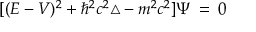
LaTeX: [ ( E - V ) ^ { 2 } + \hbar ^ { 2 } c ^ { 2 } \triangle - m ^ { 2 } c ^ { 2 } ] \Psi \: = \: 0